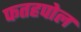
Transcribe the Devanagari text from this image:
फतहपोल